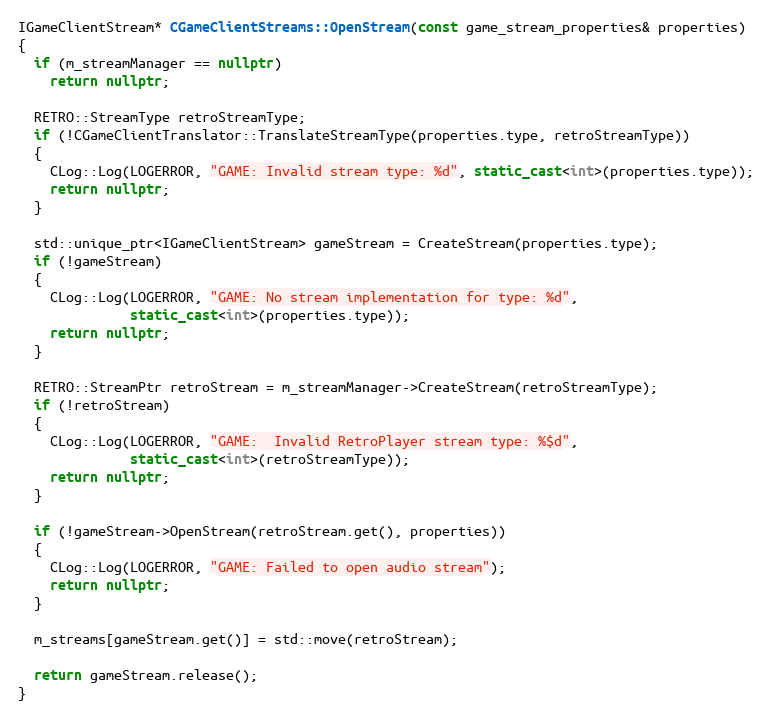
Language: C++
IGameClientStream* CGameClientStreams::OpenStream(const game_stream_properties& properties)
{
  if (m_streamManager == nullptr)
    return nullptr;

  RETRO::StreamType retroStreamType;
  if (!CGameClientTranslator::TranslateStreamType(properties.type, retroStreamType))
  {
    CLog::Log(LOGERROR, "GAME: Invalid stream type: %d", static_cast<int>(properties.type));
    return nullptr;
  }

  std::unique_ptr<IGameClientStream> gameStream = CreateStream(properties.type);
  if (!gameStream)
  {
    CLog::Log(LOGERROR, "GAME: No stream implementation for type: %d",
              static_cast<int>(properties.type));
    return nullptr;
  }

  RETRO::StreamPtr retroStream = m_streamManager->CreateStream(retroStreamType);
  if (!retroStream)
  {
    CLog::Log(LOGERROR, "GAME:  Invalid RetroPlayer stream type: %$d",
              static_cast<int>(retroStreamType));
    return nullptr;
  }

  if (!gameStream->OpenStream(retroStream.get(), properties))
  {
    CLog::Log(LOGERROR, "GAME: Failed to open audio stream");
    return nullptr;
  }

  m_streams[gameStream.get()] = std::move(retroStream);

  return gameStream.release();
}